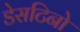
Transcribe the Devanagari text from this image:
डेसटिनो